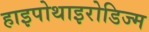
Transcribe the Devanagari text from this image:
हाइपोथाइरोडिज्म